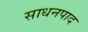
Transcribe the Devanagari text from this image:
साधनपाद